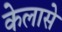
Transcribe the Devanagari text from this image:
केलासे